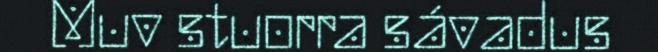
Muv stuorra sávadus